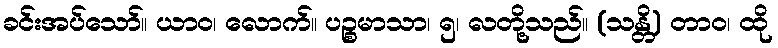
ခင်းအပ်သော်။ ယာဝ၊ လောက်။ ပဉ္စမာသာ၊ ၅၊ လတို့သည်။ (သန္တိ) တာဝ၊ ထို